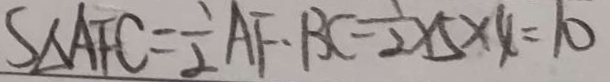
S _ { \Delta } A F C = \frac { 1 } { 2 } A F \cdot B C = \frac { 1 } { 2 } \times 5 \times 4 = 1 0